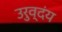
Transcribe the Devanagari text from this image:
उरुव्दंय